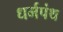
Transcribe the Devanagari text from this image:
धर्मपंथ